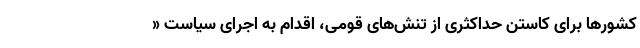
کشورها برای کاستن حداکثری از تنش‌های قومی، اقدام به اجرای سیاست «